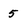
Character: 5